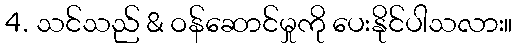
4. သင်သည် & ဝန်ဆောင်မှုကို ပေးနိုင်ပါသလား။